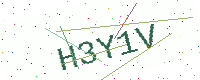
Text: H3Y1V